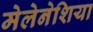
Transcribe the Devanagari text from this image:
मेलेनेशिया